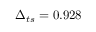
\Delta _ { t s } = 0 . 9 2 8